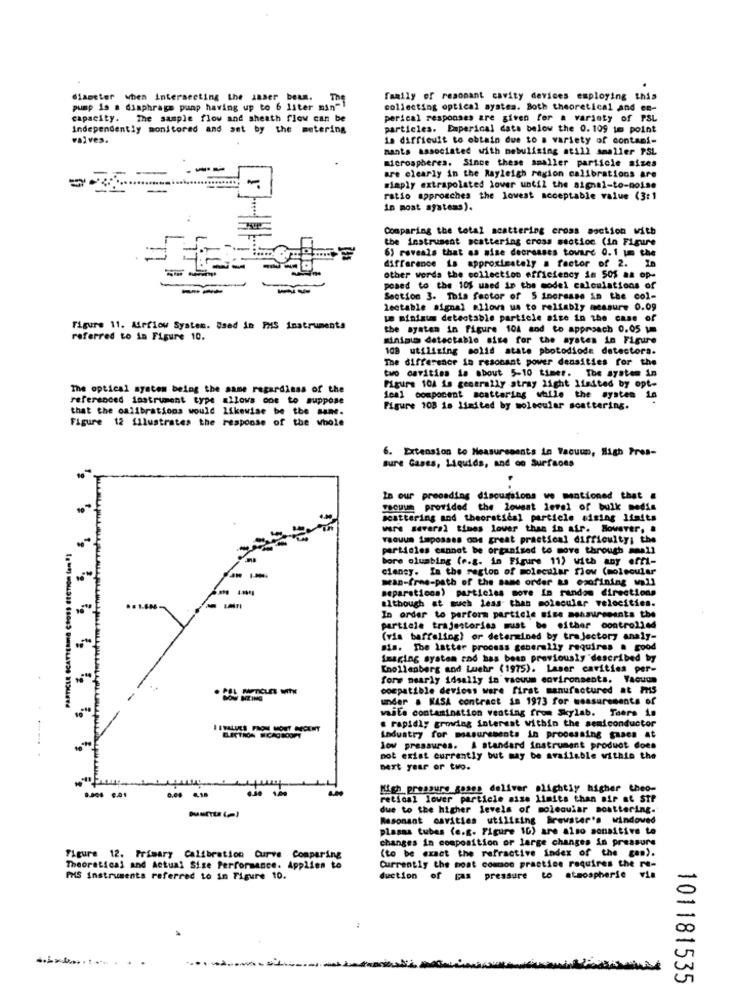
diameter when intersecting the inser beam.
diameter
family of resonant cavity devices employing this
pump is a diaphragm pump having up to 6 liter min -!
collecting optical system. Both theoretical and en-
capacity. The sample flow and sheath flow can be
perical responses are given for a variety of PSL
Independently monitored and ast by the metering
particles. Experical dats below the 0.109 im point
valves.
1a difficult to obtain due to a variety of contani-
nants associated with nebulising atill smaller PSL
microspheres. Since these smaller particle sizes
---
-
are clearly in the Rayleigh region calibrations are
simply extrapolated lover until the signal-to-noise
ratio approaches the lowest acceptable value (3:1
In most systems).
Comparing the total scattering cross section with
the instrument scattering cross section (in Figure
6) reveals that as mise decreases toward 0. 1 um the
--
--
difference is approximately a factor of 2. In
other words the collection efficiency in 505 aa op-
--
posed to the 105 used in the model calculations of
Section 3. This factor of 5 increase in the col-
lectable signal allows us to reliably measure 0.09
un minimum detectable particle mise in the case of
Figure 11. Airflow System. Used in PMS instruments
the system in Figure 104 and to approach 0.05 1m
referred to in Figure 10.
miniaus detectable sise for the system in Figure
108 utilizing solid state photodiode detectora.
two cavities is about 5-10 timer. The system in
The difference in resonant power densities for the
The optical system being the same regardinss of the
Figure 104 is generally stray light limited by opt-
referenced instrument type allows one to suppose
ical component scattering while the system in
that the calibrations would likewise be the same.
Figure 108 is limited by molecular scattering.
Figure 12 illustrates the response of the whole
6. Extension to Measurements in Yacuun, High Pres-
sure Gases, Liquids, and co Surfaces
In our preceding discussions wo mentioned that &
recuum provided the lowest level of bulk media
scattering and theoretical particle sizing Itaits
ware several times lover than in air. However, .
vacuum imposses oos great practical difficulty; the
PARTICLE SCATTERMA CROSS EtcTION (on ")
particles cannot be organised to move through small
bore olumbing (e.g. in Figure 11) with any offl-
ciency. In the region of molecular flow (molecular
---
sean-free-path of the same order &s exofining wall
separsticos) particles move in random directions
although at much less than molecular velocities.
In order to perform particle sice mensurseants the
particle trajestories must be either contro2244
(vis baffaling) or determined by trajectory analy-
sis. The latter process generally requires a good
Imaging system and has been previously"described by
[nollenberg and Lwehr (1975). Laser cavities per-
forw nearly idsally in vacuum environments. Vacuum
compatible devices were first manufactured at ms
under . KASA contract in 1973 for measurements of
waite contamination venting from Skylab. There is
. rapidly growing interest within the semiconductor
ISVALUES FROM MOST RECENT
ELECTRON MICROSCOPY
Industry for measurements in processing guaca at
low pressures. A standard instrument product does
not exist currently but may be available within the
next year or two.
0.40 1,00
High pressure gases deliver slightly higher theo-
retinal lower particle size limits than air at str
due to the higher levels of molecular scattering.
Resonant cavities utilizing Brewster's windowed
plasma tubes (e.g. Figure 10) are also sensitive to
changes in composition or large changes in pressure
(to be exact the refractive index of the cen).
Figure 12. Primary Calibration Curve Comparing
Currently the most common practice requires the re-
Theoretical and Actual Size Performance. Applies to
PMS Instruments referred to in Figure 10.
duction of pas pressure to atmospheric via
101181535